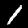
Label: 1